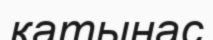
қатынас